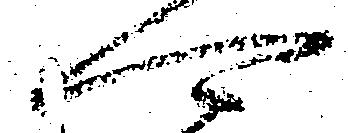
可